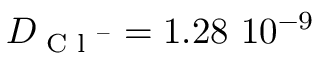
D _ { \textrm { C l } ^ { - } } = 1 . 2 8 ~ 1 0 ^ { - 9 }